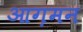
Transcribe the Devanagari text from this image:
आग़मन